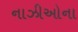
નાઝીઓના